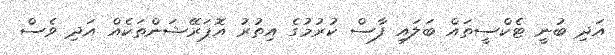
އަދި ބުނީ ޓެކްސީތައް ބަލައި ފާސް ކުރުމުގެ އިތުރު އޮޕަރޭޝަންތަކެއް އަދި ވެސް